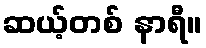
ဆယ့်တစ် နာရီ။